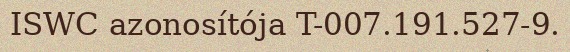
ISWC azonosítója T-007.191.527-9.